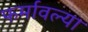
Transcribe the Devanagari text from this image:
फर्मावल्या